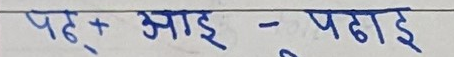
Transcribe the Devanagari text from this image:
पठ् + आई - पढ़ाई